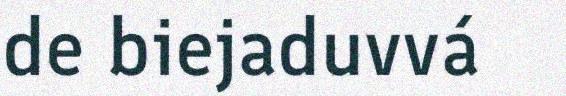
de biejaduvvá